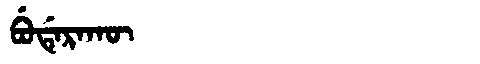
Manchu: ᠪᡠᡩᡝᡵᠠᡴᡡ
Romanization: BUDERAKŪ